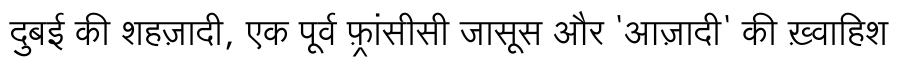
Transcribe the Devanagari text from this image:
दुबई की शहज़ादी, एक पूर्व फ़्रांसीसी जासूस और 'आज़ादी' की ख़्वाहिश